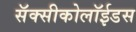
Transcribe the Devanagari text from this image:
सॅक्सीकोलॉईडस